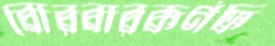
বোরবারকর্ণফ